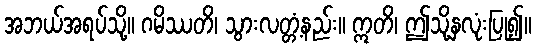
အဘယ်အရပ်သို့။ ဂမိဿတိ၊ သွားလတ္တံ့နည်း။ ဣတိ၊ ဤသို့နှလုံးပြု၍။